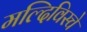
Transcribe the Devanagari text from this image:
मल्दिविस्चे